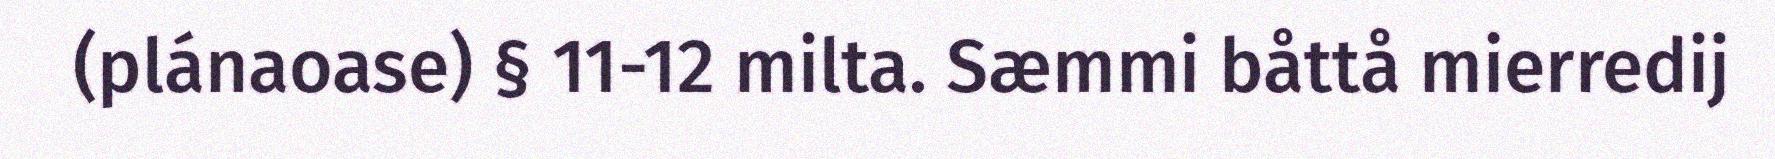
(plánaoase) § 11-12 milta. Sæmmi båttå mierredij